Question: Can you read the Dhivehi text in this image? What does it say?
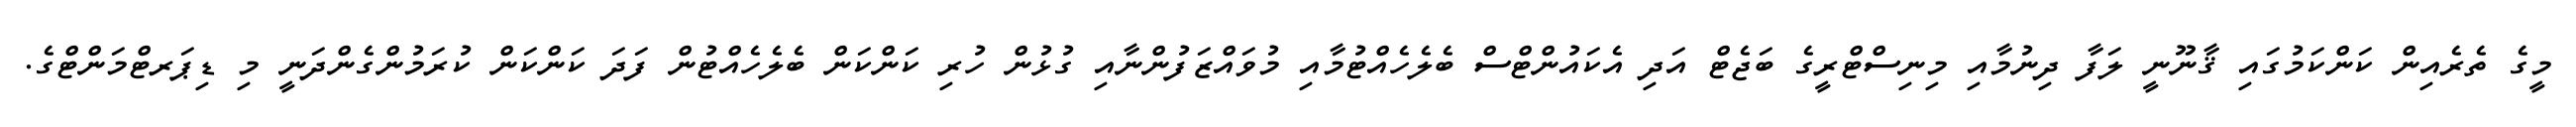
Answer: މީގެ ތެރެއިން ކަންކަމުގައި ޤާނޫނީ ލަފާ ދިނުމާއި މިނިސްޓްރީގެ ބަޖެޓް އަދި އެކައުންޓްސް ބެލެހެއްޓުމާއި މުވައްޒަފުންނާއި ގުޅުން ހުރި ކަންކަން ބެލެހެއްޓުން ފަދަ ކަންކަން ކުރަމުންގެންދަނީ މި ޑިޕަރޓްމަންޓްގެ.